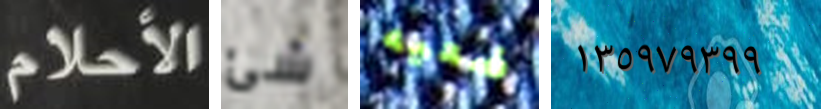
الأحلام شئ ضعيه ١٣٥٩٧٩٣٩٩